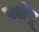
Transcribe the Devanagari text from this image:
पलेपू